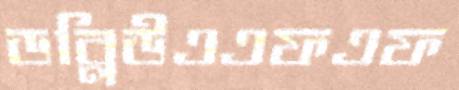
ডব্লিউএএফএফ